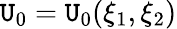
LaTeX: \mathtt{U}_{0}=\mathtt{U}_{0}(\xi_{1},\xi_{2})